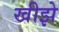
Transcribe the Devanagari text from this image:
खीझे